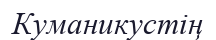
Куманикустің